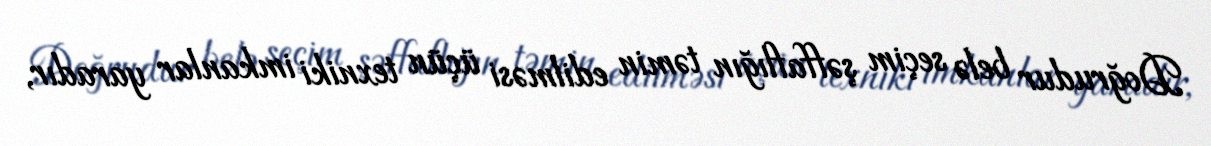
Doğrudur belə seçim şəffaflığın təmin edilməsi üçün texniki imkanlar yaradır,